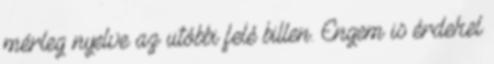
mérleg nyelve az utóbbi felé billen. Engem is érdekel